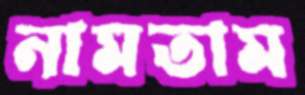
নামতাম